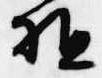
駈